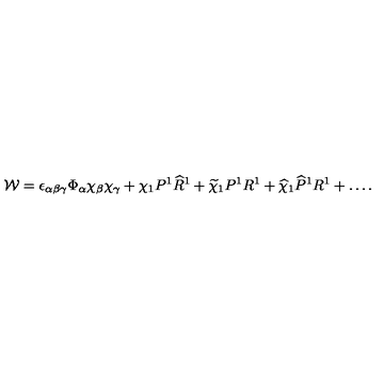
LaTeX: { \cal W } = \epsilon _ { \alpha \beta \gamma } \Phi _ { \alpha } \chi _ { \beta } \chi _ { \gamma } + \chi _ { 1 } P ^ { 1 } { \widehat R } ^ { 1 } + { \widetilde \chi } _ { 1 } P ^ { 1 } R ^ { 1 } + { \widehat \chi } _ { 1 } { \widehat P } ^ { 1 } R ^ { 1 } + \dots .